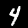
Digit: 4